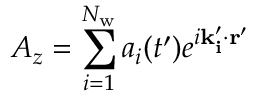
A _ { z } = \sum _ { i = 1 } ^ { N _ { \mathrm { w } } } a _ { i } ( t ^ { \prime } ) e ^ { i \mathbf { k _ { i } ^ { \prime } \cdot r ^ { \prime } } }